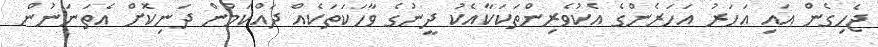
ޖެހިގެން އައި އަހަރު އަހަރެންގެ އެކުވެރިންތަކަކާއެކު ދީނުގެ ވާހަކަތަކެއް ދައްކަމުން ދަނިކޮށް އެތަނަނުން